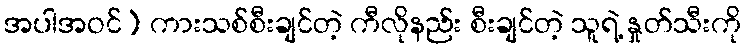
အပါအဝင်) ကားသစ်စီးချင်တဲ့ ကီလိုနည်း စီးချင်တဲ့ သူရဲ့ နှုတ်သီးကို